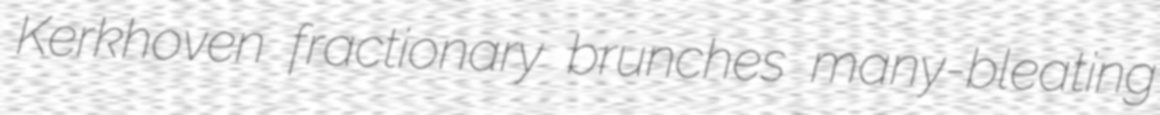
Kerkhoven fractionary brunches many-bleating